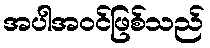
အပါအဝင်ဖြစ်သည်